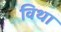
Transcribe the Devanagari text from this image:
विथा